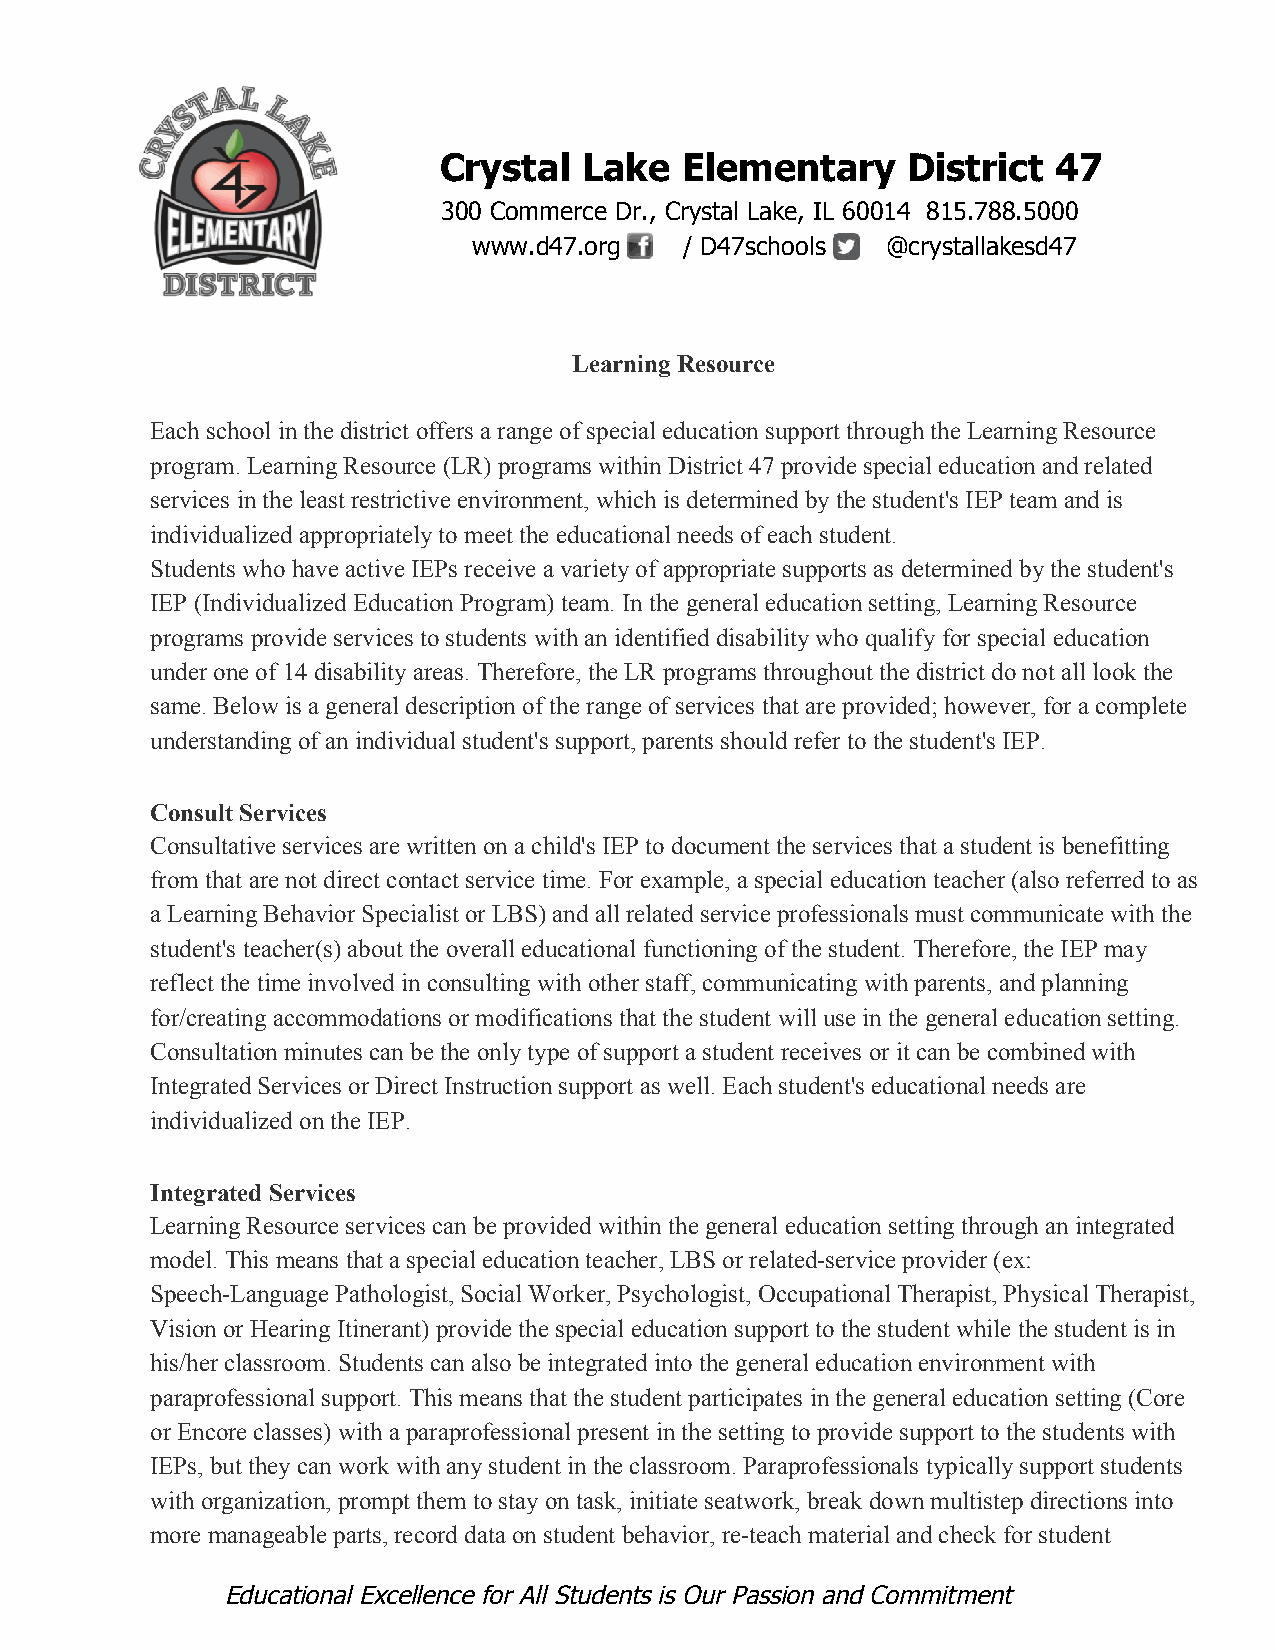
Crystal   Lake  Elementary     District  47
 ​
 300 Commerce Dr., Crystal Lake, IL 60014 815.788.5000
 www.d47.org   / D47schools ​ ​@crystallakesd47
 Learning Resource
 Each school in the district offers a range of special education support through the Learning Resource
 program. Learning Resource (LR) programs within District 47 provide special education and related
 services in the least restrictive environment, which is determined by the student's IEP team and is
 individualized appropriately to meet the educational needs of each student.
 Students who have active IEPs receive a variety of appropriate supports as determined by the student's
 IEP (Individualized Education Program) team. In the general education setting, Learning Resource
 programs provide services to students with an identified disability who qualify for special education
 under one of 14 disability areas. Therefore, the LR programs throughout the district do not all look the
 same. Below is a general description of the range of services that are provided; however, for a complete
 understanding of an individual student's support, parents should refer to the student's IEP.
 Consult Services
 Consultative services are written on a child's IEP to document the services that a student is benefitting
 from that are not direct contact service time. For example, a special education teacher (also referred to as
 a Learning Behavior Specialist or LBS) and all related service professionals must communicate with the
 student's teacher(s) about the overall educational functioning of the student. Therefore, the IEP may
 reflect the time involved in consulting with other staff, communicating with parents, and planning
 for/creating accommodations or modifications that the student will use in the general education setting.
 Consultation minutes can be the only type of support a student receives or it can be combined with
 Integrated Services or Direct Instruction support as well. Each student's educational needs are
 individualized on the IEP.
 Integrated Services
 Learning Resource services can be provided within the general education setting through an integrated
 model. This means that a special education teacher, LBS or related-service provider (ex:
 Speech-Language Pathologist, Social Worker, Psychologist, Occupational Therapist, Physical Therapist,
 Vision or Hearing Itinerant) provide the special education support to the student while the student is in
 his/her classroom. Students can also be integrated into the general education environment with
 paraprofessional support. This means that the student participates in the general education setting (Core
 or Encore classes) with a paraprofessional present in the setting to provide support to the students with
 IEPs, but they can work with any student in the classroom. Paraprofessionals typically support students
 with organization, prompt them to stay on task, initiate seatwork, break down multistep directions into
 more manageable parts, record data on student behavior, re-teach material and check for student
 Educational Excellence for All Students is Our Passion and Commitment